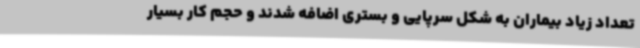
تعداد زیاد بیماران به شکل سرپایی و بستری اضافه شدند و حجم کار بسیار